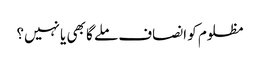
مظلوم کو انصاف ملے گا بھی یا نہیں؟